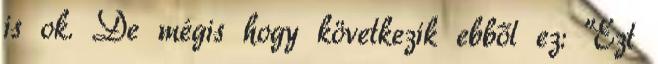
is ok. De mégis hogy következik ebből ez: "Ezt